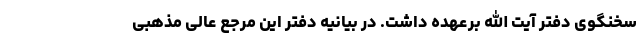
سخنگوی دفتر آیت الله برعهده داشت. در بیانیه دفتر این مرجع عالی مذهبی